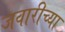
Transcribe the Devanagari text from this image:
जवारीच्या